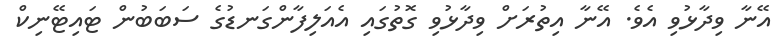
އޭނާ ވިދާޅުވި އެވެ. އޭނާ އިތުރަށް ވިދާޅުވި ގޮތުގައި އެއަލިފާންގަނޑުގެ ސަބަބުން ޓައިޓޭނިކް